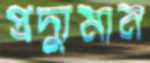
প্রদ্যুমান